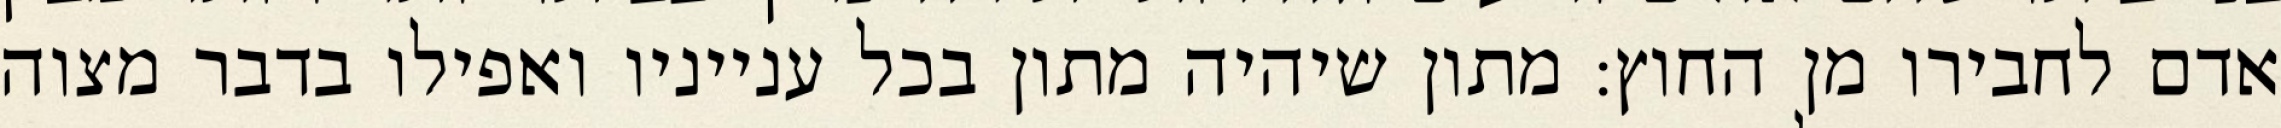
אדם לחבירו מן החוץ: מתון שיהיה מתון בכל ענייניו ואפילו בדבר מצוה